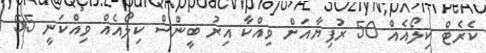
ކެރެޓް ކިލޯއެއް 50 ރުފިޔާއަށް ވިއްކާ އިރު ބީންސް ކިލޯއެއް ވިއްކަނީ 55